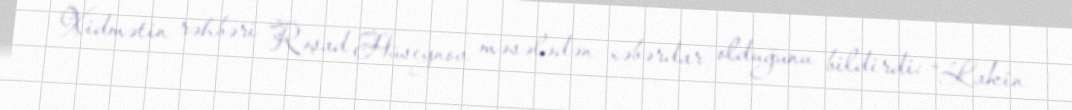
Xidmətin rəhbəri Rəşad Hüseynov məsələdən xəbərdar olduğunu bildirdi: “Lakin